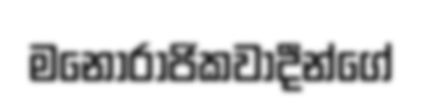
මනෝරාජිකවාදීන්ගේ